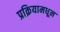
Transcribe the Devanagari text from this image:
प्रक्रियामधून